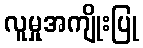
လူမှုအကျိုးပြု